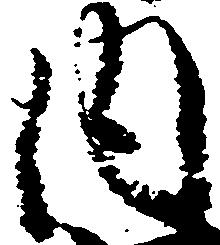
内